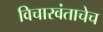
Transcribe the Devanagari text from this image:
विचारवंताचेच